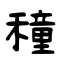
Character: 穜